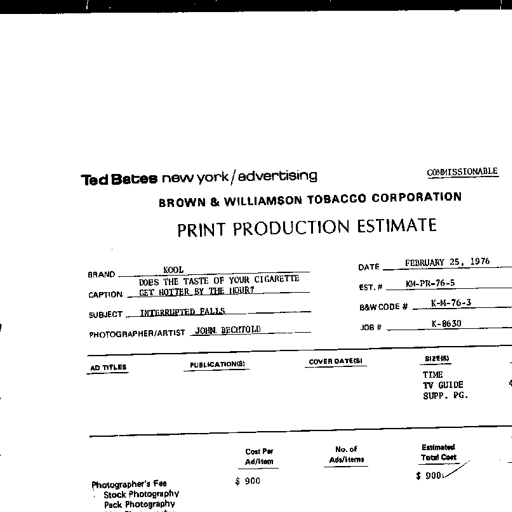
Ted Bates new york/advertising COMMISSIONABLE
BROWN & WILLIAMSON TOBACCO CORPORATION
PRINT PRODUCTION ESTIMATE
BRAND KOOL DATE FEBRUARY 25, 1976
CAPTION DOES THE TASTE OF YOUR CIGARETTE GET HOTTER BY THE HOUR? EST. # KM-PR-76-5
SUBJECT INTERRUPTED FALLS B&W CODE # K-M-76-3
PHOTOGRAPHER/ARTIST JOHN BECHTOLD JOB # K-8630
AD TITLES PUBLICATION(S) COVER DATE(S) SIZE(S)
TIME
TV GUIDE
SUPP. PG.
Cost Per Ad/Item No. of Ads/Items Estimated Total Cost
Photographer's Fee $ 900 $ 900
Stock Photography
Pack Photography